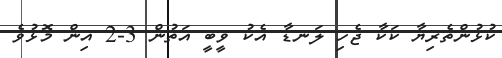
ކުޅުންތެރިޔާ ކަކާ ޖެހި ލަނޑާ އެކު ވީބީ އަތުން 3-2 އިން މޮޅުވެ